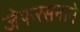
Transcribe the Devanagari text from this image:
जेफरसनाने